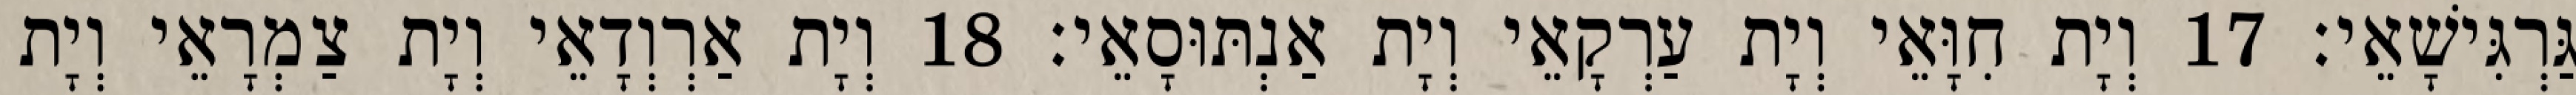
גַּרְגִּישָׁאֵי׃ 17 וְיָת חִוָּאֵי וְיָת עַרְקָאֵי וְיָת אַנְתּוּסָאֵי׃ 18 וְיָת אַרְוְדָאֵי וְיָת צַמְרָאֵי וְיָת